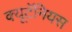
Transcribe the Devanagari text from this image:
क्यूटॅनियस